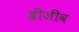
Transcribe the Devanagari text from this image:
श्रीजीव